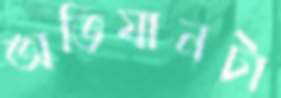
অভিযানটা